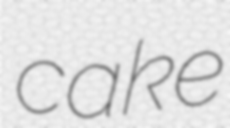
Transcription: cake